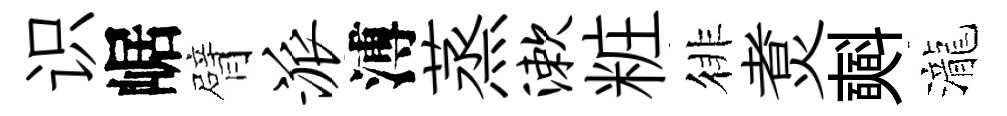
识崌臂派溥蒸漱粧徘煑𣂏瀧